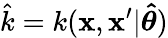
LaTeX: \hat{k}=k(\textbf{x},\textbf{x}^{\prime}|\boldsymbol{\hat{\theta}})